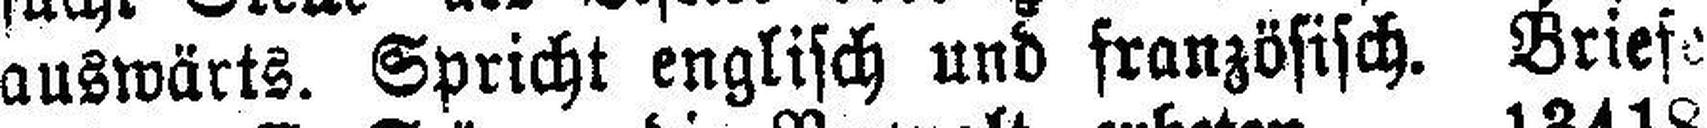
auswärts. Spricht englisch und französisch. Briefe